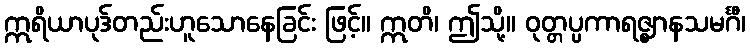
ဣရိယာပုဒ်တည်းဟူသောနေခြင်း ဖြင့်။ ဣတိ၊ ဤသို့။ ဝုတ္တပ္ပကာရဇ္ဈာနသမင်္ဂီ၊